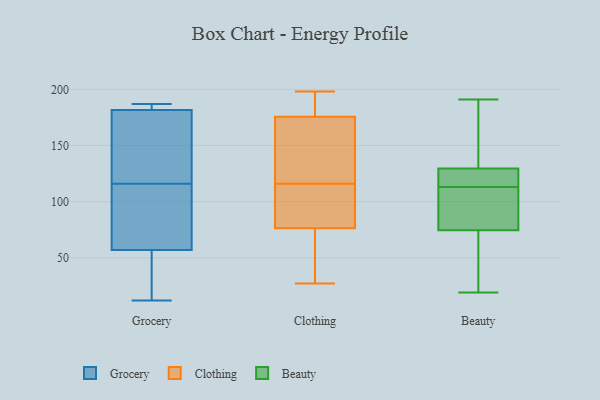
{"axis": {"x": "Waste Production (Tons)", "y": "Value"}, "legend": ["Beauty", "Clothing", "Grocery"], "data": [{"x": "", "y": 116, "type": "Grocery"}, {"x": "", "y": 27, "type": "Grocery"}, {"x": "", "y": 187, "type": "Grocery"}, {"x": "", "y": 105, "type": "Grocery"}, {"x": "", "y": 184, "type": "Grocery"}, {"x": "", "y": 46, "type": "Grocery"}, {"x": "", "y": 75, "type": "Grocery"}, {"x": "", "y": 167, "type": "Grocery"}, {"x": "", "y": 12, "type": "Grocery"}, {"x": "", "y": 51, "type": "Grocery"}, {"x": "", "y": 185, "type": "Grocery"}, {"x": "", "y": 185, "type": "Grocery"}, {"x": "", "y": 101, "type": "Grocery"}, {"x": "", "y": 174, "type": "Grocery"}, {"x": "", "y": 155, "type": "Grocery"}, {"x": "", "y": 39, "type": "Clothing"}, {"x": "", "y": 116, "type": "Clothing"}, {"x": "", "y": 119, "type": "Clothing"}, {"x": "", "y": 27, "type": "Clothing"}, {"x": "", "y": 193, "type": "Clothing"}, {"x": "", "y": 174, "type": "Clothing"}, {"x": "", "y": 180, "type": "Clothing"}, {"x": "", "y": 80, "type": "Clothing"}, {"x": "", "y": 103, "type": "Clothing"}, {"x": "", "y": 114, "type": "Clothing"}, {"x": "", "y": 198, "type": "Clothing"}, {"x": "", "y": 120, "type": "Clothing"}, {"x": "", "y": 65, "type": "Clothing"}, {"x": "", "y": 113, "type": "Beauty"}, {"x": "", "y": 125, "type": "Beauty"}, {"x": "", "y": 72, "type": "Beauty"}, {"x": "", "y": 128, "type": "Beauty"}, {"x": "", "y": 40, "type": "Beauty"}, {"x": "", "y": 172, "type": "Beauty"}, {"x": "", "y": 19, "type": "Beauty"}, {"x": "", "y": 127, "type": "Beauty"}, {"x": "", "y": 191, "type": "Beauty"}, {"x": "", "y": 156, "type": "Beauty"}, {"x": "", "y": 19, "type": "Beauty"}, {"x": "", "y": 83, "type": "Beauty"}, {"x": "", "y": 130, "type": "Beauty"}, {"x": "", "y": 89, "type": "Beauty"}, {"x": "", "y": 82, "type": "Beauty"}]}